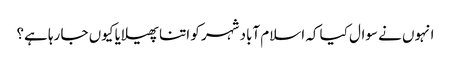
انہوں نے سوال کیا کہ اسلام آباد شہر کو اتنا پھیلایا کیوں جا رہا ہے؟